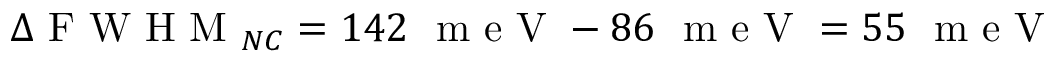
\Delta \mathrm { ~ F ~ W ~ H ~ M ~ } _ { N C } = 1 4 2 ~ \mathrm { ~ m ~ e ~ V ~ } - 8 6 ~ \mathrm { ~ m ~ e ~ V ~ } = 5 5 ~ \mathrm { ~ m ~ e ~ V ~ }